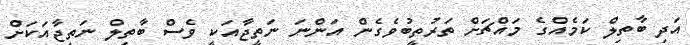
އަދި ބާތިލް ކަމެއްގެ މައްޗަށް ތަރުތީބުވެގެން އަންނަ ނަތީޖާއަކީ ވެސް ބާތިލް ނަތީޖާއަކަށް